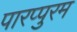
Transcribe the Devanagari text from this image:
पारप्पुरम